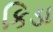
કિડા